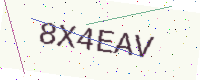
Text: 8X4EAV